Plague in India, 1896, 1897 - Volume 2
Year: 1896
Disease focus: Plague
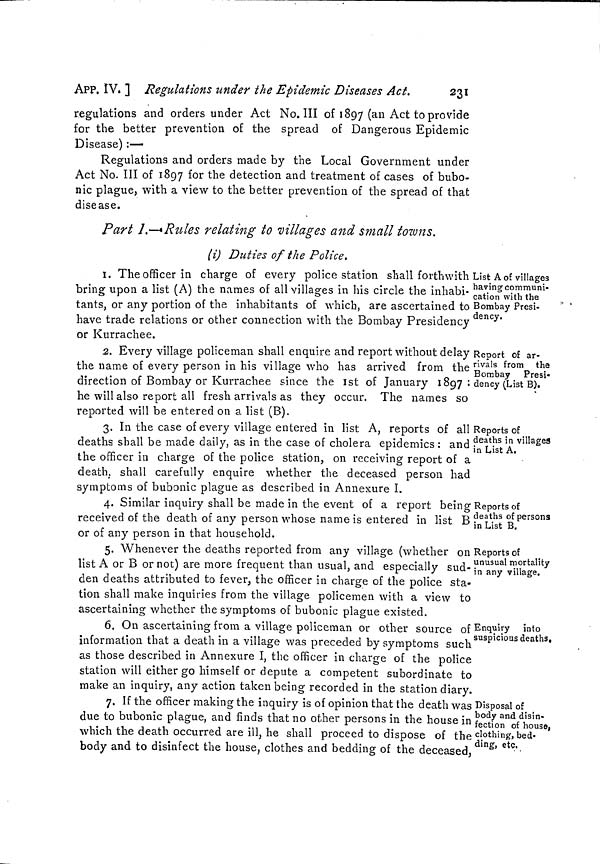
231
APP. IV. ] Regulations under the Epidemic Diseases Act.
regulations and orders under Act No. III of 1897 (an Act to provide
for the better prevention of the spread of Dangerous Epidemic
Disease) :—
Regulations and orders made by the Local Government under
Act No. III of 1897 for the detection and treatment of cases of bubo-
nic plague, with a view to the better prevention of the spread of that
disease.
Part I—*Rules relating to villages and small towns,
(i) Duties of the Police.
List A of villages
having communi-
cation with the
Bombay Presi-
dency.
I. The officer in charge of every police station shall forthwith
bring upon a list (A) the names of all villages in his circle the inhabi-
tants, or any portion of the inhabitants of which, are ascertained to
have trade relations or other connection with the Bombay Presidency
or Kurrachee.
Report of ar-
rivals from the
Bombay Presi-
dency (List B).
2. Every village policeman shall enquire and report without delay
the name of every person in his village who has arrived from the
direction of Bombay or Kurrachee since the 1st of January 1897 :
he will also report all fresh arrivals as they occur. The names so
reported will be entered on a list (B).
Reports of
deaths in villages
in List A.
3. In the case of every village entered in list A, reports of all
deaths shall be made daily, as in the case of cholera epidemics : and
the officer in charge of the police station, on receiving report of a
death, shall carefully enquire whether the deceased person had
symptoms of bubonic plague as described in Annexure I.
Reports of
deaths of persona
in List B.
4. Similar inquiry shall be made in the event of a report being
received of the death of any person whose ñameis entered in list B
or of any person in that household.
Reports of
unusual mortality
in any village.
5. Whenever the deaths reported from any village (whether on
list A or B or not) are more frequent than usual, and especially sud-
den deaths attributed to fever, the officer in charge of the police sta-
tion shall make inquiries from the village policemen with a view to
ascertaining whether the symptoms of bubonic plague existed.
Enquiry into
suspicious deaths.
6. On ascertaining from a village policeman or other source of
information that a death in a village was preceded by symptoms such
as those described in Annexure I, the officer in charge of the police
station will either go himself or depute a competent subordinate to
make an inquiry, any action taken being recorded in the station diary.
Disposal of
body and disin-
fection of house,
clothing, bed-
ding, etc.
7. If the officer making the inquiry is of opinion that the death was
due to bubonic plague, and finds that no other persons in the house in
which the death occurred are ill, he shall proceed to dispose of the
body and to disinfect the house, clothes and bedding of the deceased,